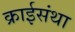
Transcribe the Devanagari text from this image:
क्राईसंथा